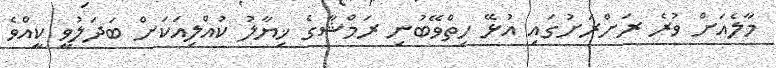
މާލެއަށް ވުރެ ރަށްރަށުގައި އުޅޭ ހިތްވޭބުނި ރަމްޝާގެ ޚިޔާލު ކުއްލިއަކަށް ބަދަލުވީ ކީއްވެ